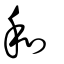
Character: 咊